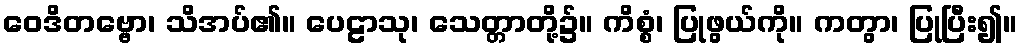
ဝေဒိတဗ္ဗော၊ သိအပ်၏။ ပေဠာသု၊ သေတ္တာတို့၌။ ကိစ္စံ၊ ပြုဖွယ်ကို။ ကတွာ၊ ပြုပြီး၍။